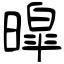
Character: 暭